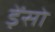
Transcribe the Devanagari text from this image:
ड़ेंसो